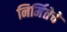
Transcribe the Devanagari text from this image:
निर्मितेचे